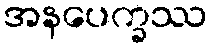
အနပေက္ခဿ